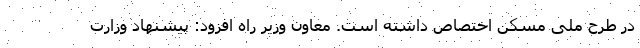
در طرح ملی مسکن اختصاص داشته است. معاون وزیر راه افزود: پیشنهاد وزارت